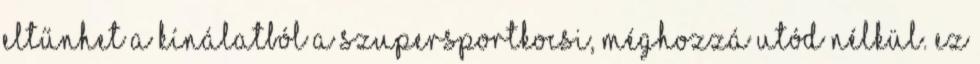
eltűnhet a kínálatból a szupersportkocsi, méghozzá utód nélkül. Ez